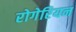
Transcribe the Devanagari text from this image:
रोगेरियन